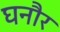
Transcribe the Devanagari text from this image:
घनौर